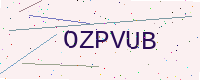
Text: OZPVUB